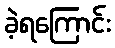
ခဲ့ရကြောင်း